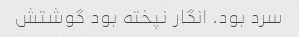
سرد بود. انگار نپخته بود گوشتش